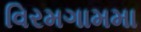
વિરમગામમા